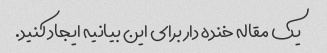
یک مقاله خنده دار برای این بیانیه ایجاد کنید.